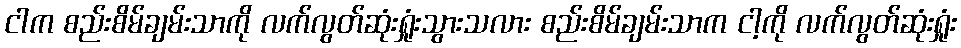
ငါက စည်းစိမ်ချမ်းသာကို လက်လွတ်ဆုံးရှုံးသွားသလား စည်းစိမ်ချမ်းသာက ငါ့ကို လက်လွတ်ဆုံးရှုံး